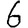
Digit: 6